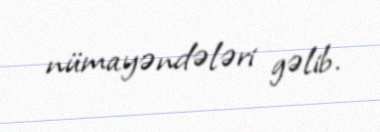
nümayəndələri gəlib.